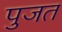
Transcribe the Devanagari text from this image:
पुजत